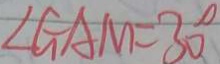
\angle G A M = 3 0 ^ { \circ }